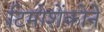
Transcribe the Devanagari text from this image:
टिमोशेंकोने